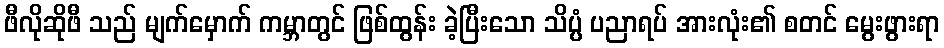
ဖီလိုဆိုဖီ သည် မျက်မှောက် ကမ္ဘာတွင် ဖြစ်ထွန်း ခဲ့ပြီးသော သိပ္ပံ ပညာရပ် အားလုံး၏ စတင် မွေးဖွားရာ